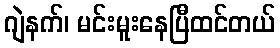
ဂျဲနက်၊ မင်းမူးနေပြီထင်တယ်